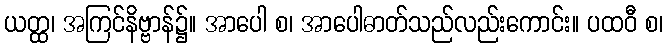
ယတ္ထ၊ အကြင်နိဗ္ဗာန်၌။ အာပေါ စ၊ အာပေါဓာတ်သည်လည်းကောင်း။ ပထဝီ စ၊